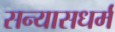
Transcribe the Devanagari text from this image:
सन्यासधर्म